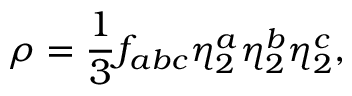
\rho = \frac { 1 } { 3 } f _ { a b c } \eta _ { 2 } ^ { a } \eta _ { 2 } ^ { b } \eta _ { 2 } ^ { c } ,